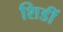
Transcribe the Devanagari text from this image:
शिडीं